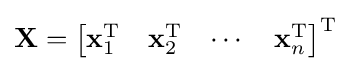
\mathbf {X} ={\begin{bmatrix}\mathbf {x} _{1}^{\operatorname {T} }&\mathbf {x} _{2}^{\operatorname {T} }&\cdots &\mathbf {x} _{n}^{\operatorname {T} }\end{bmatrix}}^{\operatorname {T} }